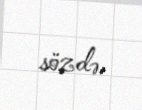
sözdə.